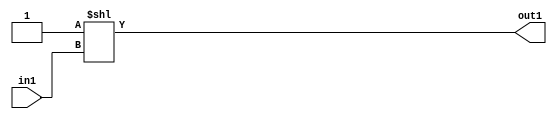
`timescale 1ps / 1ps
/*****************************************************************************
    Verilog RTL Description
    
    
    Created by: Stratus DpOpt 2019.1.01 
*******************************************************************************/

module DC_Filter_DECODE_2048U_9_4 (
	in1,
	out1
	); /* architecture "behavioural" */ 
input [10:0] in1;
output [2047:0] out1;
wire [2047:0] asc001;

assign asc001 = 2048'B00000000000000000000000000000000000000000000000000000000000000000000000000000000000000000000000000000000000000000000000000000000000000000000000000000000000000000000000000000000000000000000000000000000000000000000000000000000000000000000000000000000000000000000000000000000000000000000000000000000000000000000000000000000000000000000000000000000000000000000000000000000000000000000000000000000000000000000000000000000000000000000000000000000000000000000000000000000000000000000000000000000000000000000000000000000000000000000000000000000000000000000000000000000000000000000000000000000000000000000000000000000000000000000000000000000000000000000000000000000000000000000000000000000000000000000000000000000000000000000000000000000000000000000000000000000000000000000000000000000000000000000000000000000000000000000000000000000000000000000000000000000000000000000000000000000000000000000000000000000000000000000000000000000000000000000000000000000000000000000000000000000000000000000000000000000000000000000000000000000000000000000000000000000000000000000000000000000000000000000000000000000000000000000000000000000000000000000000000000000000000000000000000000000000000000000000000000000000000000000000000000000000000000000000000000000000000000000000000000000000000000000000000000000000000000000000000000000000000000000000000000000000000000000000000000000000000000000000000000000000000000000000000000000000000000000000000000000000000000000000000000000000000000000000000000000000000000000000000000000000000000000000000000000000000000000000000000000000000000000000000000000000000000000000000000000000000000000000000000000000000000000000000000000000000000000000000000000000000000000000000000000000000000000000000000000000000000000000000000000000000000000000000000000000000000000000000000000000000000000000000000000000000000000000000000000000000000000000000000000000000000000000000000000000000000000000000000000000000000000000000000000000000000000000000000000000000000000000000000000000000000000000000000000000000000000000000000000000000000000000000000001
    << in1;

assign out1 = asc001;
endmodule

/* CADENCE  ubb1Tgrc : u9/ySgnWtBlWxVPRXgAZ4Og= ** DO NOT EDIT THIS LINE ******/